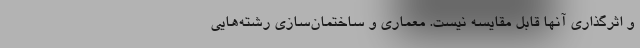
و اثرگذاری آنها قابل مقایسه نیست. معماری و ساختمان‌سازی رشته‌هایی